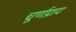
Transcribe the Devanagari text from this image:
चूर्णप्राय